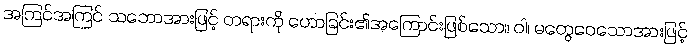
အကြင်အကြင် သဘောအားဖြင့် တရားကို ဟောခြင်း၏အကြောင်းဖြစ်သော။ ဝါ၊ မတွေဝေသောအားဖြင့်